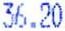
36.20